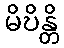
မိဎိန္တိ